Burma Government Medical School reports 1923-41
Year: 1923
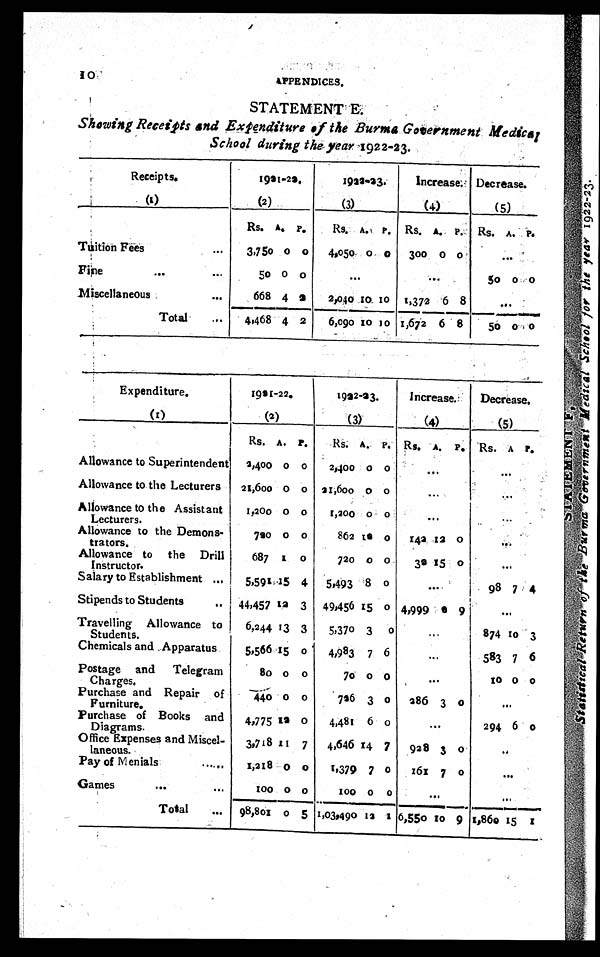
A P P E N D I C E S .
STATEMENT E.
Showing Receipts and Expenditure of the Burma Government Medical
School during the year 1922-23.
Receipts.
( 1 )
1921-22.
(2)
(3)
1922-23.
Increase
(4)
Decrease.
(5)
Rs. A. P. Rs. A. P. Rs. A. P.. Rs. A.
P .
Tuition Fees
3,750 0 0 4,050 0 0 300 0 0
Fine
5 0 0 0
50
0 0
Miscellaneous
668 4 2 2,040 10 10 1,372 6 8
Total
4,468 4 2 6,090 1 0 1 0 1,672 6 8 50
0 0
Expenditure.
(I)
1921-22.
(2)
1922-23.
(3)
Increase
(4)
Decrease.
(5)
Rs. A. P. Rs. A..
P . Rs. A.
P . 'Rs. A.
P .
Allowance to Superintendent 2,400 0 0 2,400 0 0
Allowance to the Lecturers 21,600 0 0 21,600 0 0
Allowance to the Assistant
Lecturers.
1,200 0 0 1,200 0 0
Allowance to the Demons-
trators.
720 0 0
862 1 2 0 142 12 0
Allowance to the Drill
Instructor.
687 1 0
720 0 0 32 15 0
Salary to Establishment
5,591 15 4 5,493 8 0
98 7 4
Stipends to Students
44,457 1 2 3 49,456 1 5 0 4,999
Travelling Allowance to
Students.
6,244 13 3 5,370 3 0
874 10 3
Chemicals and Apparatus 5,566 15 0 4,983 7 6
583 7 6
Postage and Telegram
Charges.
80 0 0
70 0 0
1 0 0 0
Purchase and Repair of
Furniture.
4 4 0 0 0
726 3 0 286 3 0
Purchase of Books and
Diagrams.
4,775 12 0 4,481 6 0
294 6 0
Office Expenses and Miscel-
laneous.
3,718 1 1 7 4,646 1 4 7 928 3 0
Pay of Menials
1,218 0 0 5,379 7 0 161 7 0
Games
100 0 0
100 0 0
Total
98,801 0 5
1 , 0 3 , 4 9 0 13 ' 1 6,550 1 0 9 1,860 15 1